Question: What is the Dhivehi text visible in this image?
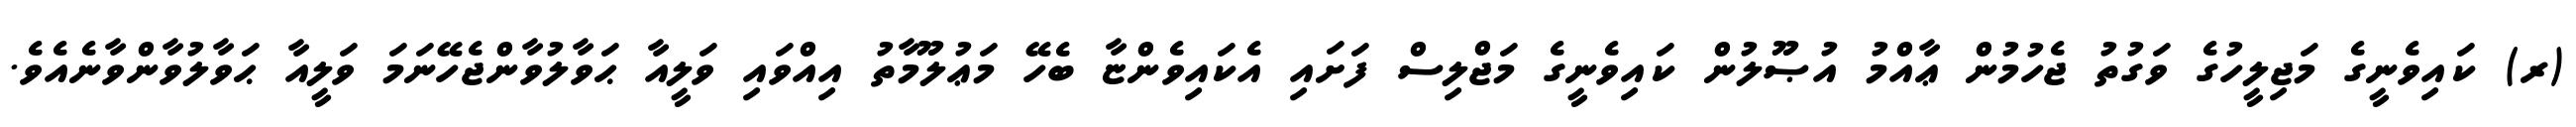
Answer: (ރ) ކައިވެނީގެ މަޖިލީހުގެ ވަގުތު ޖެހުމުން ޢާއްމު އުޞޫލުން ކައިވެނީގެ މަޖްލިސް ފަށައި އެކައިވެންޏާ ބެހޭ މަޢުލޫމާތު އިއްވައި ވަލީއާ ޙަވާލުވާންޖެހޭނަމަ ވަލީއާ ޙަވާލުވާންވާނެއެވެ.